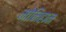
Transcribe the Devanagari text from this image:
मोनिहान